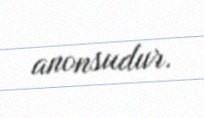
anonsudur.